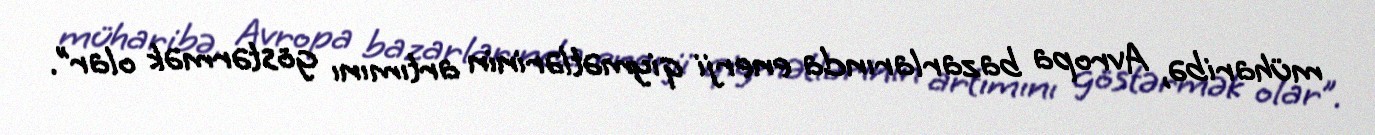
müharibə, Avropa bazarlarında enerji qiymətlərinin artımını göstərmək olar”.